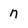
Character: n